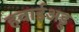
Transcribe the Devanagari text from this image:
हवाईअड्ड